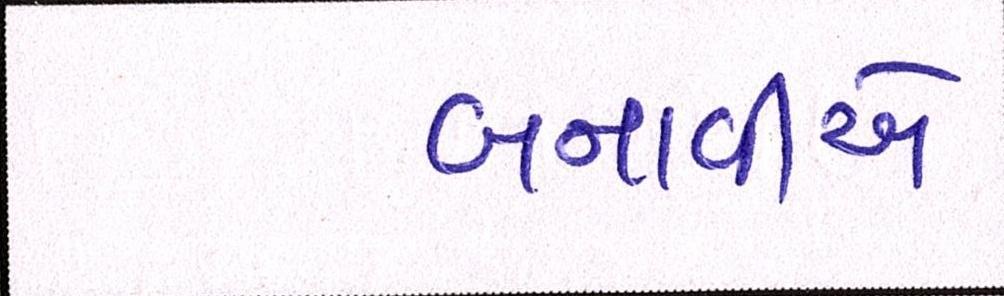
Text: બનાવીએ